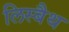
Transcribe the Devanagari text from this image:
लिस्बैथ